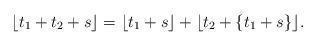
LaTeX: \begin{align*} \lfloor t_1+t_2+s\rfloor =\lfloor t_1+s\rfloor +\lfloor t_2+\{t_1+s\}\rfloor . \end{align*}